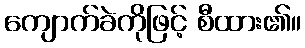
ကျောက်ခဲကိုဖြင့် စီထား၏။